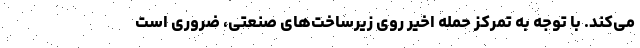
می‌کند. با توجه به تمرکز حمله اخیر روی زیرساخت‌های صنعتی، ضروری است